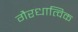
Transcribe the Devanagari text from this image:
गैरधात्विक